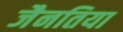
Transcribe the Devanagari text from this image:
जैनतिया